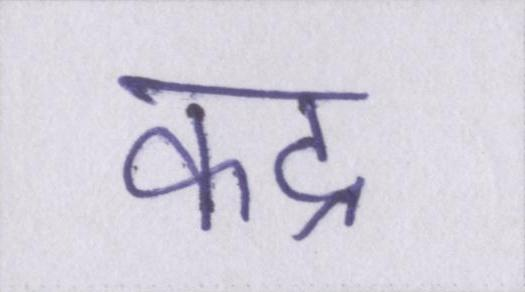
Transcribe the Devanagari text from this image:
कद्र